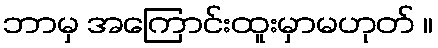
ဘာမှ အကြောင်းထူးမှာမဟုတ် ။